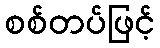
စစ်တပ်ဖြင့်